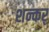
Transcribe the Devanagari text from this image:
शन्कर्